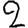
Digit: 2